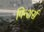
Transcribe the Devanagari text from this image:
पिन्शर्स